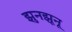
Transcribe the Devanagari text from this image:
झुनझूनू